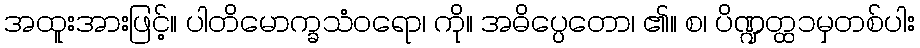
အထူးအားဖြင့်။ ပါတိမောက္ခသံဝရော၊ ကို။ အဓိပ္ပေတော၊ ၏။ စ၊ ပိဏ္ဍတ္ထ၁မှတစ်ပါး